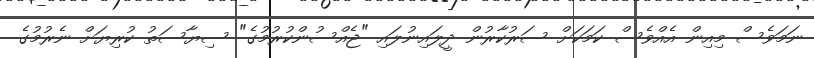
ނަމަވެސް މިއިން އެއްވެސް ކަމަކަށް ސަރުކާރުން ދީލައިނުލައި "ޖެއްސުންކުރުމުގެ" ސިޔާސަތު ކުރިޔަށް ނެރުމުގެ